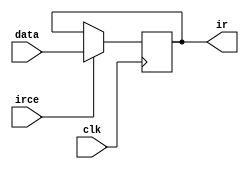
// instruction register
module ir_reg(clk, irce, data, ir); //   
input clk, irce;
input [15:0] data;
output [15:0] ir;
reg [15:0] ir;

always @(negedge clk)
if (irce)
ir <= data[15:0];
endmodule